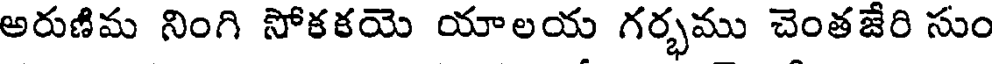
అరుణిమ నింగి సోకకయె యాలయ గర్భము చెంతజేరి సుం